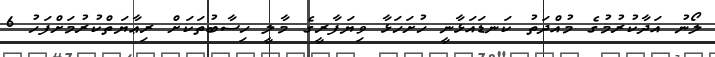
ލޯނު އަދާކުރުމުގެ މުއްދަތު ކަނޑައަޅާނީ ހުށަހަޅާ ވިޔަފާރީގެ މާލީ ހިސާބުތަކަށް ރިޢާޔަތްކުރުމަށްފަހު 6